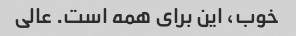
خوب، این برای همه است. عالی